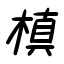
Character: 槙